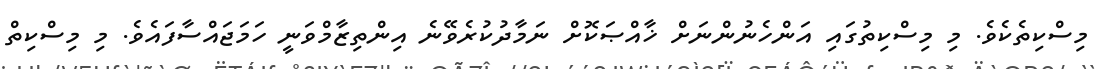
މިސްކިތެކެވެ. މި މިސްކިތުގައި އަންހެނުންނަށް ޚާއްޞަކޮށް ނަމާދުކުރެވޭނެ އިންތިޒާމްވަނީ ހަމަޖައްސާފައެވެ. މި މިސްކިތް